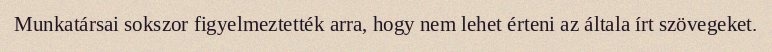
Munkatársai sokszor figyelmeztették arra, hogy nem lehet érteni az általa írt szövegeket.